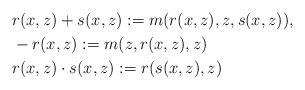
LaTeX: \begin{align*} & r(x,z) + s(x,z) := m(r(x,z),z,s(x,z)), \\ &-r(x,z) := m(z,r(x,z),z) \\ & r(x,z) \cdot s(x,z) := r(s(x,z),z) \end{align*}